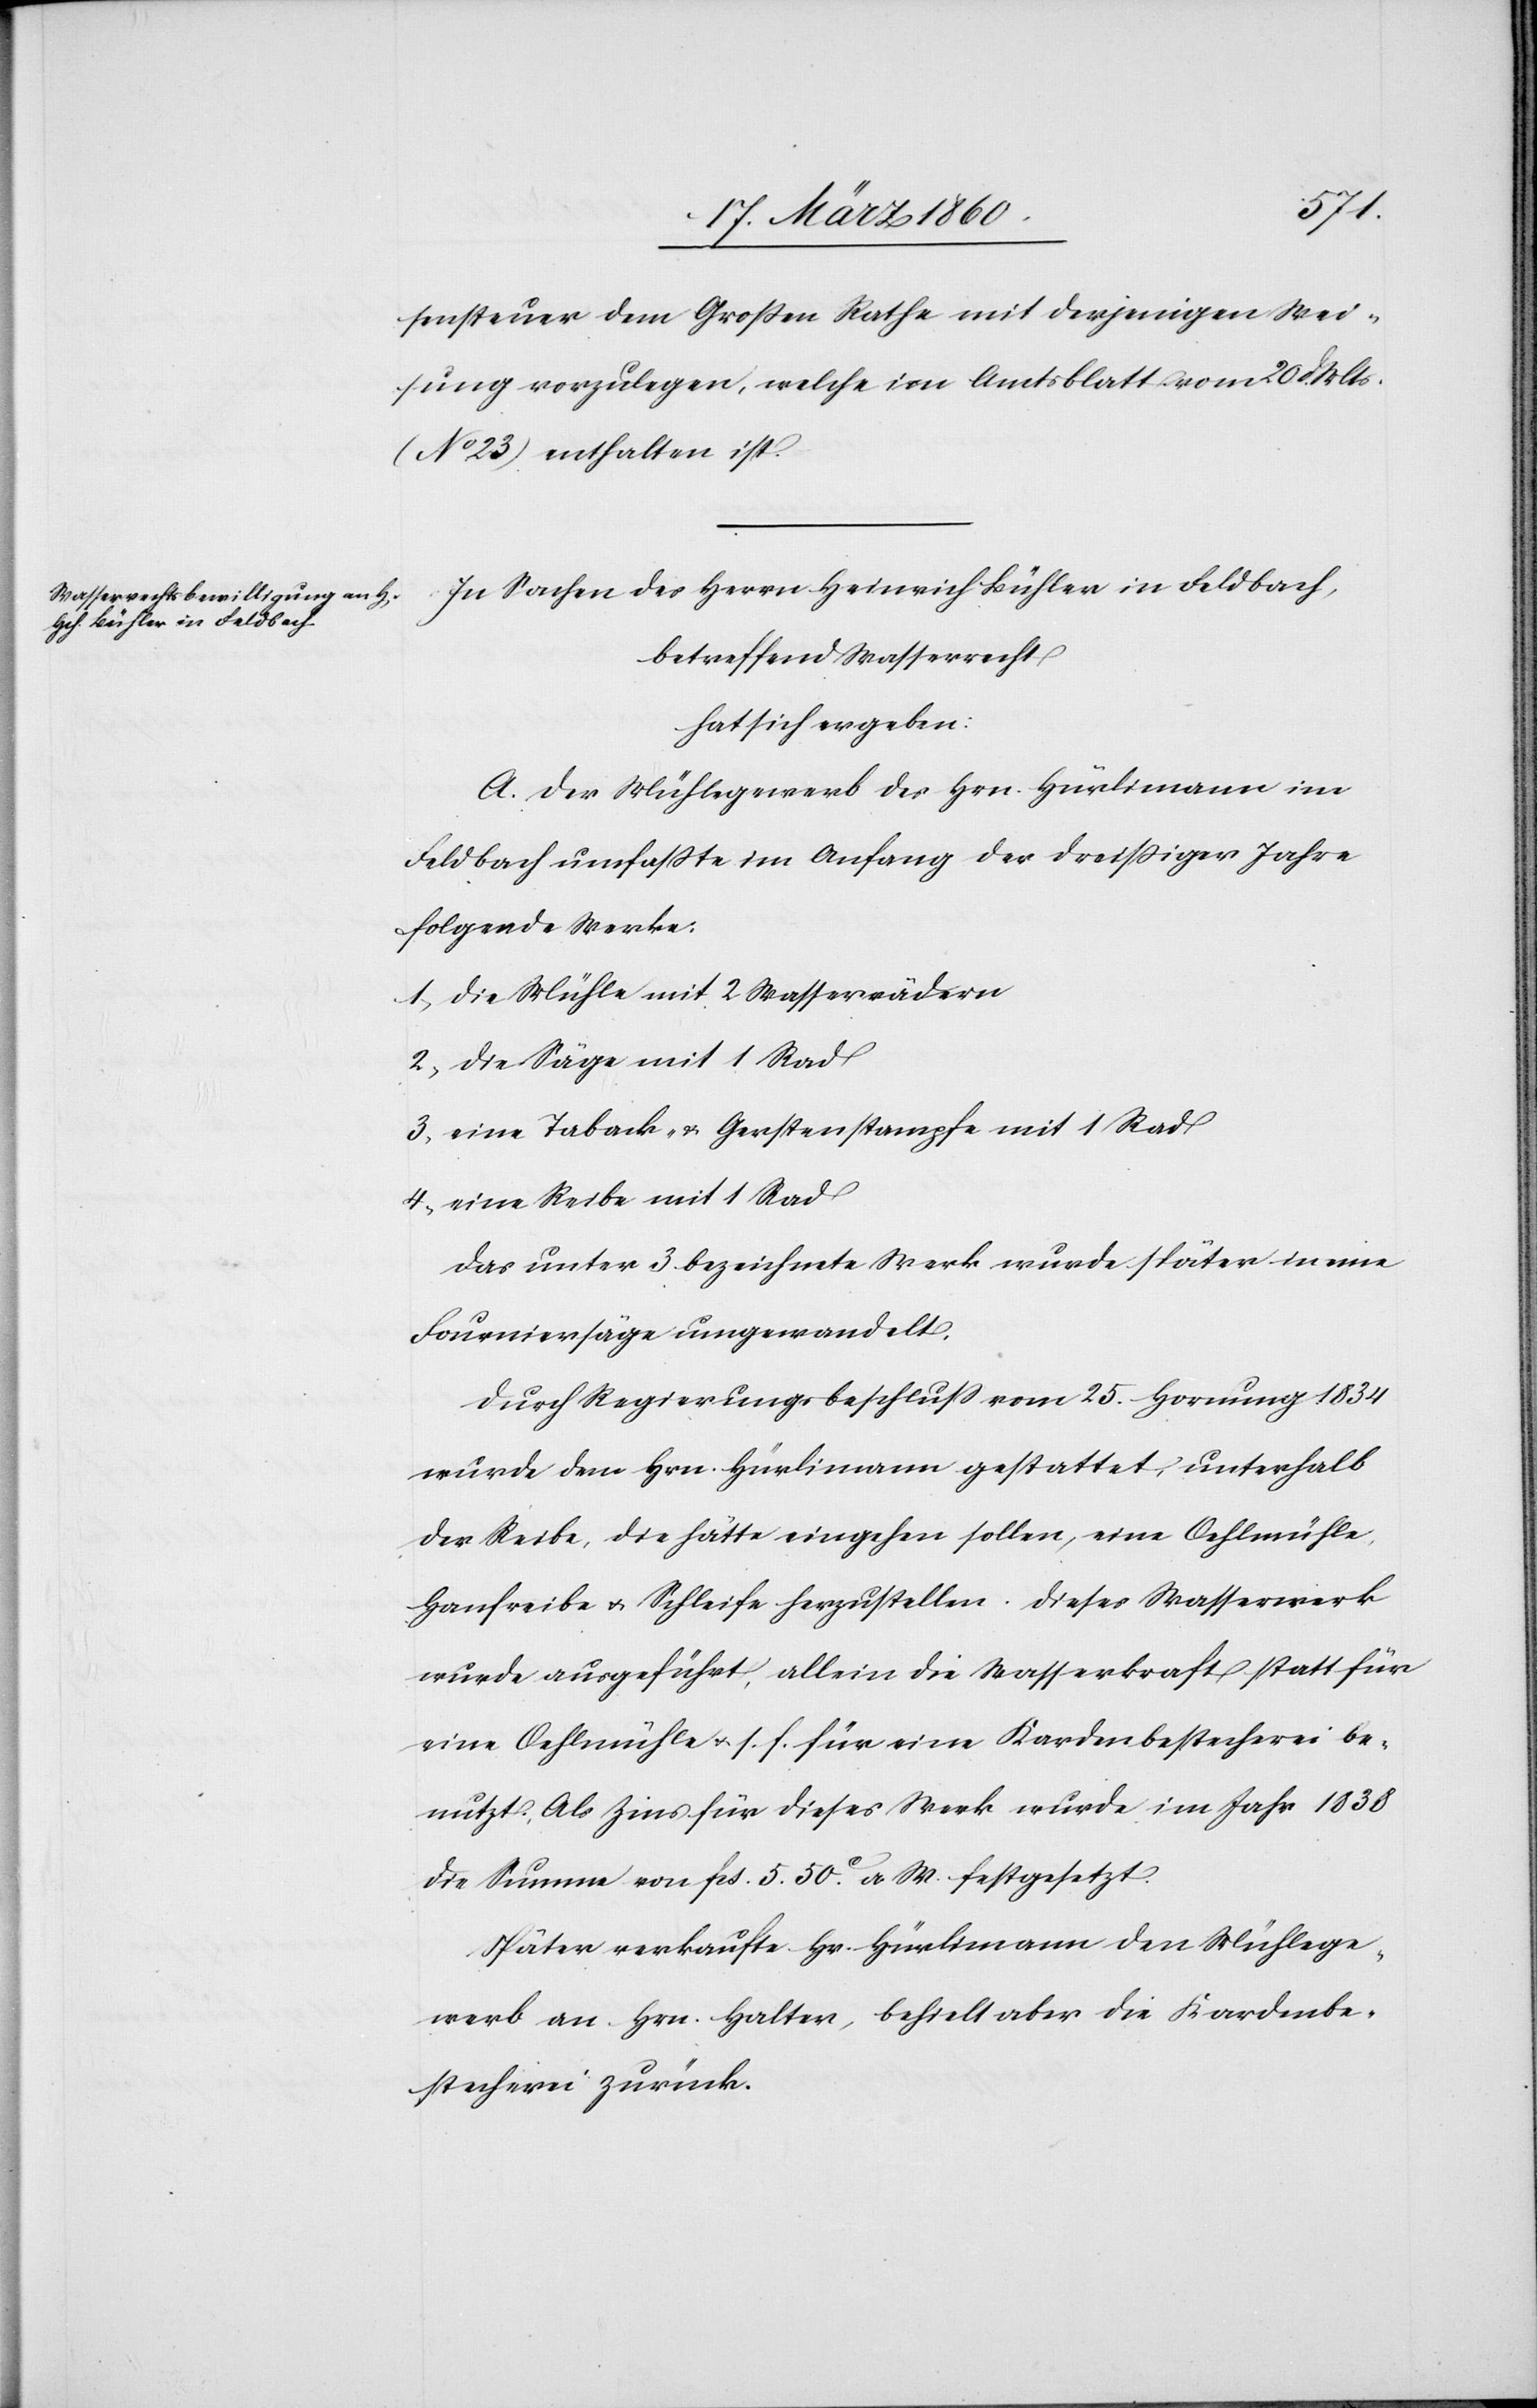
sensteuer dem Grossen Rathe mit derjenigen Wei¬
sung vorzulegen, welche im Amtsblatt vom 20. d. Mts.
[No 23] enthalten ist.
In Sachen des Herrn Heinrich Bühler in Feldbach,
betreffend Wasserrecht
hat sich ergeben:
A. Der Mühlegewerb des Hrn. Hürlimann im
Feldbach umfasste im Anfang der dreissiger Jahre
folgende Werke:
1. Die Mühle mit 2. Wasserrädern
2. Die Säge mit 1 Rad
3. eine Taback- u. Gerstenstampfe mit 1 Rad
4. eine Reibe mit 1 Rad
Das unter 3 bezeichnete Werk wurde später in eine
Fourniersäge umgewandelt.
Durch Regierungsbeschluss vom 25. Hornung 1834
wurde dem Hrn. Hürlimann gestattet, unterhalb
der Reibe, die hätte eingehen sollen, eine Oehlmühle,
Hanfreibe u. Schleife herzustellen. Dieses Wasserwerk
wurde ausgeführt, allein die Wasserkraft statt für
eine Oehlmühle u. s. f. für eine Kardenbestecherei be¬
nutzt. Als Zins für dieses Werk wurde im Jahr 1838
die Summe von fcs. 5. 50C a. W. festgesetzt.
Später verkaufte Hr. Hürlimann den Mühlege¬
werb an Hrn. Halter, behielt aber die Kardenbe¬
stecherei zurück.